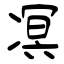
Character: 凕